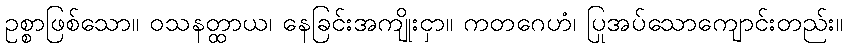
ဥစ္စာဖြစ်သော။ ဝသနတ္ထာယ၊ နေခြင်းအကျိုးငှာ။ ကတဂေဟံ၊ ပြုအပ်သောကျောင်းတည်း။